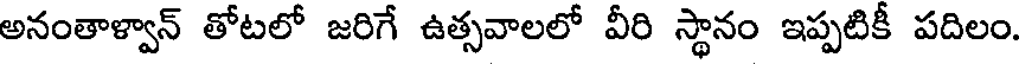
అనంతాళ్వాన్ తోటలో జరిగే ఉత్సవాలలో వీరి స్థానం ఇప్పటికీ పదిలం.